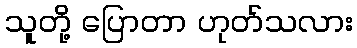
သူတို့ ပြောတာ ဟုတ်သလား